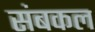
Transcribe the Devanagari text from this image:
संबकल